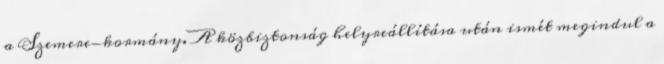
a Szemere-kormány. A közbiztonság helyreállítása után ismét megindul a